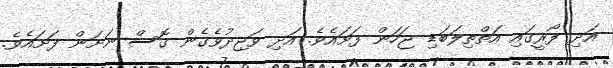
އަދި ފޯރީގައި އަތްތިލަބަޑި ޖަހަން ފަށައެވެ. އަދި ވަޖިދުވެގެން ގޮސް ނަށަން ފަށައެވެ.